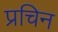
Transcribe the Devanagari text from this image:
प्रचिन